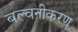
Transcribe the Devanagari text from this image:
बल्वनीकरण